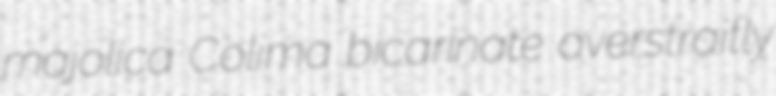
majolica Colima bicarinate overstraitly